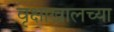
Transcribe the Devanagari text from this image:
वृक्षाखालच्या